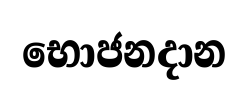
භොජනදාන